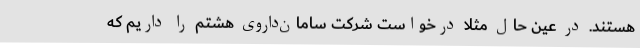
هستند. در عین حال مثلا درخواست شرکت سامان‌داروی هشتم را داریم که